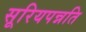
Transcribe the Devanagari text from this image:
सूरियपन्नति